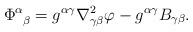
LaTeX: \begin{align*} \Phi_{\ \, \beta}^{\alpha}= g^{ \alpha \gamma} \nabla_{\gamma \beta}^2 \varphi - g^{\alpha \gamma} B_{\gamma \beta}.\end{align*}